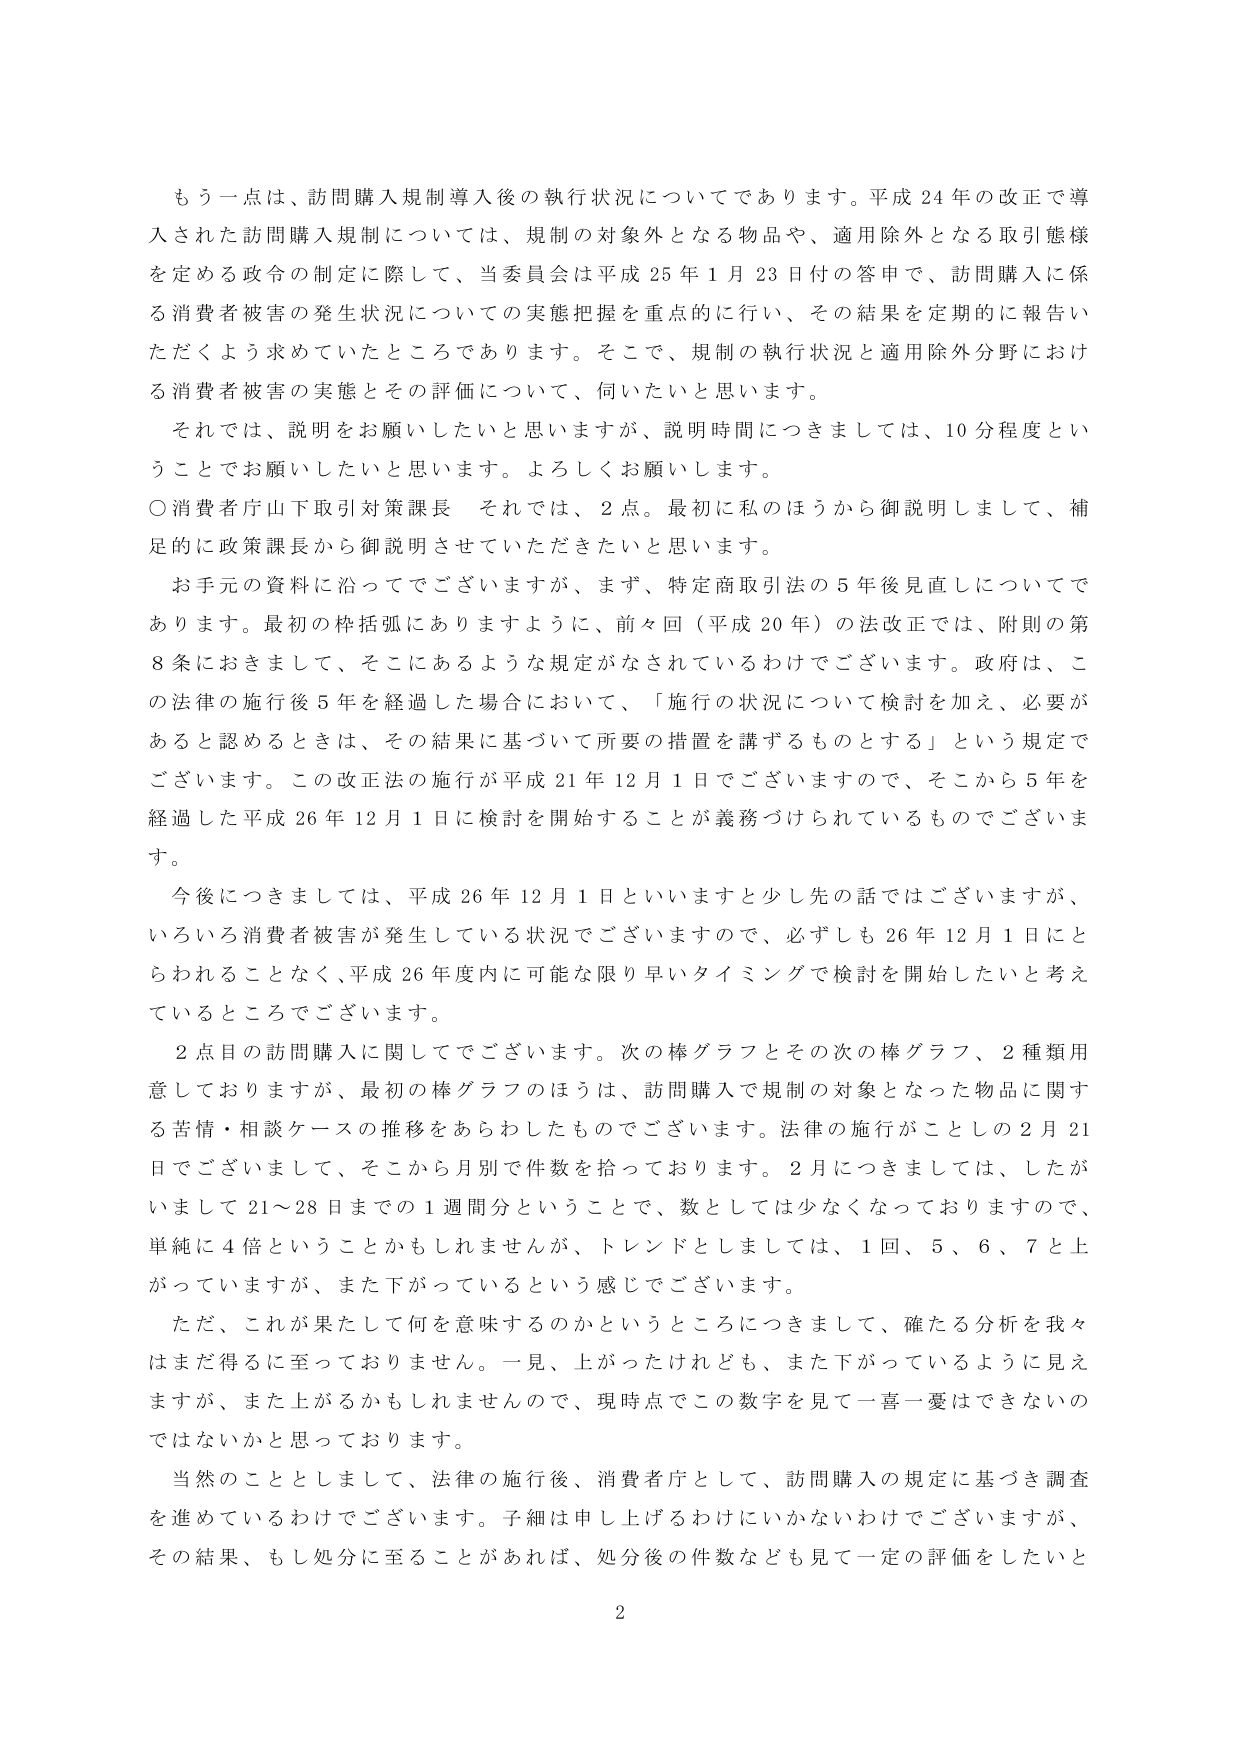
もう一点は、訪問購入規制導入後の執行状況についてであります。平成24年の改正で導入された訪問購入規制については、規制の対象外となる物品や、適用除外となる取引態様を定める政令の制定に際して、当委員会は平成25年1月23日付の答申で、訪問購入に係る消費者被害の発生状況についての実態把握を重点的に行い、その結果を定期的に報告いただくよう求めていたところであります。そこで、規制の執行状況と適用除外分野における消費者被害の実態とその評価について、伺いたいと思います。

それでは、説明をお願いしたいと思いますが、説明時間につきましては、10分程度ということでお願いしたいと思います。よろしくお願いします。

○消費者庁山下取引対策課長 それでは、2点。最初私のほうから御説明しまして、補足的に政策課長から御説明させていただきたいと思います。

お手元の資料に沿ってございますが、まず、特定商取引法の5年後見直しについてであります。最初の枠括弧にありますように、前々回（平成20年）の法改正では、附則の第8条におきまして、そこにあるような規定がなされているわけでございます。政府は、この法律の施行後5年を経過した場合において、「施行の状況について検討を加え、必要があると認めるときは、その結果に基づいて所要の措置を講ずるものとする」という規定でございます。この改正法の施行が平成21年12月1日でございますので、そこから5年を経過した平成26年12月1日に検討を開始することが義務づけられているものでございます。

今後につきましては、平成26年12月1日といいますと少し先の話ではございますが、いろいろ消費者被害が発生している状況でございますので、必ずしも26年12月1日にとらわれることなく、平成26年度内に可能な限り早いタイミングで検討を開始したいと考えているところでございます。

2点目の訪問購入に関してでございます。次の棒グラフとその次の棒グラフ、2種類用意しておりますが、最初の棒グラフのほうは、訪問購入で規制の対象となった物品に関する苦情・相談ケースの推移をあらわしたものでございます。法律の施行がことしの2月21日でございまして、そこから月別で件数を拾っております。2月につきましては、したがいまして21～28日までの1週間分ということで、数としては少なくなっておりますので、単純に4倍ということかもしれませんが、トレンドとしましては、1回、5、6、7と上がっていますが、また下がっているという感じでございます。

ただ、これが果たして何を意味するのかというところにつきまして、確たる分析を我々はまだ得るに至っておりません。一見、上がったけれども、また下がっているように見えますが、また上がるかもしれませんので、現時点でこの数字を見て一喜一憂はできないのではないかと思っております。

当然のこととしまして、法律の施行後、消費者庁として、訪問購入の規定に基づき調査を進めているわけでございます。子細は申し上げるわけにいかないわけでございますが、その結果、もし処分に至ることがあれば、処分後の件数なども見て一定の評価をしたいと

2